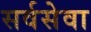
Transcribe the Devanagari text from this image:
सर्वसेवा